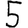
Digit: 5